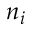
n _ { i }